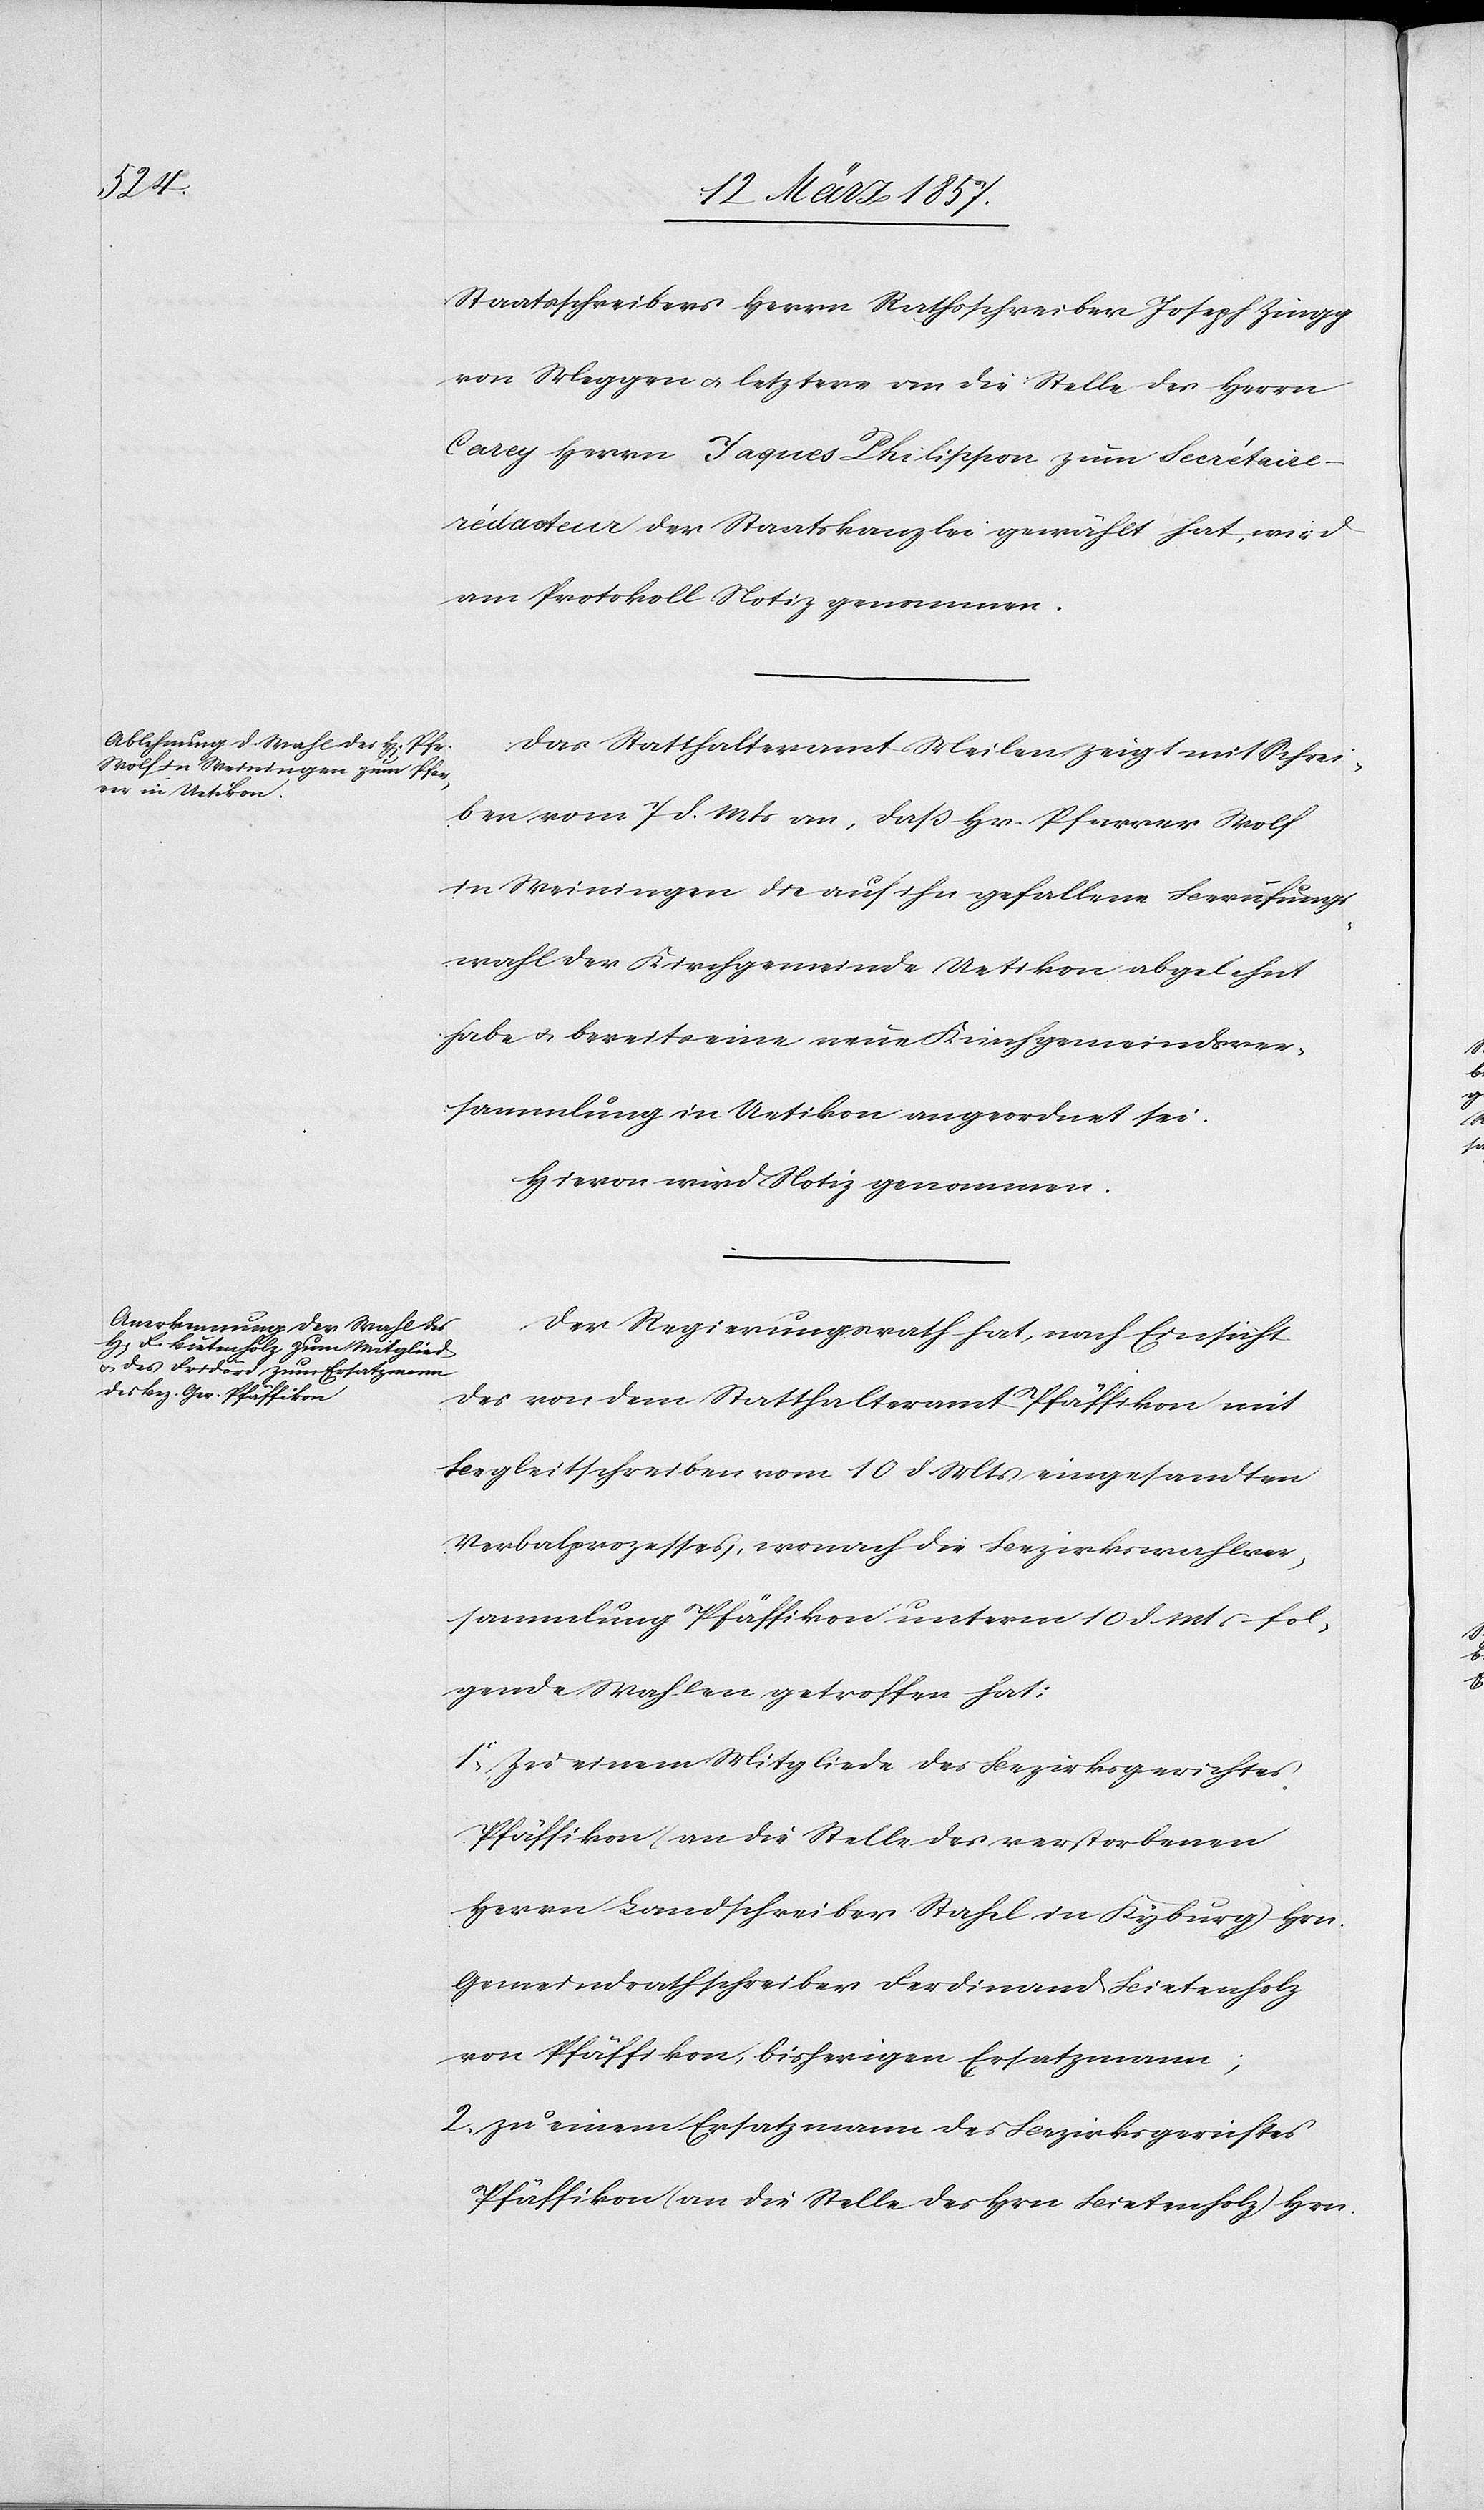
Staatsschreibers Herrn Rathsschreiber Joseph Zingg
von Meggen u. letztere an die Stelle des Herrn
Carey Herrn Jaques Philippon zum Secrétai¬
re-rédacteur der Staatskanzlei gewählt hat, wird
am Protokoll Notiz genommen.
Das Statthalteramt Meilen zeigt mit Schrei¬
ben vom 7 d. Mts an, daß Hr. Pfarrer Wolf
in Weiningen die auf ihn gefallene Berufungs¬
wahl der Kirchgemeinde Uetikon abgelehnt
habe u. bereits eine neue Kirchgemeindsver¬
sammlung in Uetikon angeordnet sei.
Hievon wird Notiz genommen.
Der Regierungsrath hat, nach Einsicht
des von dem Statthalteramt Pfäffikon mit
Begleitschreiben vom 10 d. Mts eingesandten
Verbalprozesses, wonach die Bezirkswahlver¬
sammlung Pfäffikon unterm 10 d. Mts fol¬
gende Wahlen getroffen hat:
1o Zu einem Mitgliede des Bezirksgerichtes
Pfäffikon (an die Stelle des verstorbenen
Herrn Lanschreiber Stahel in Kyburg) Hrn.
Gemeindrathschreiber Ferdinand Bietenholz
von Pfäffikon, bisherigen Ersatzmann;
2. zu einem Ersatzmann des Bezirksgerichtes
Pfäffikon (an die Stelle des Hrn. Bietenholz) Hrn.